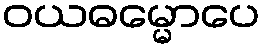
ဝယဓမ္မောပေ